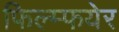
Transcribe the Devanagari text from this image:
फिल्म्फयेर